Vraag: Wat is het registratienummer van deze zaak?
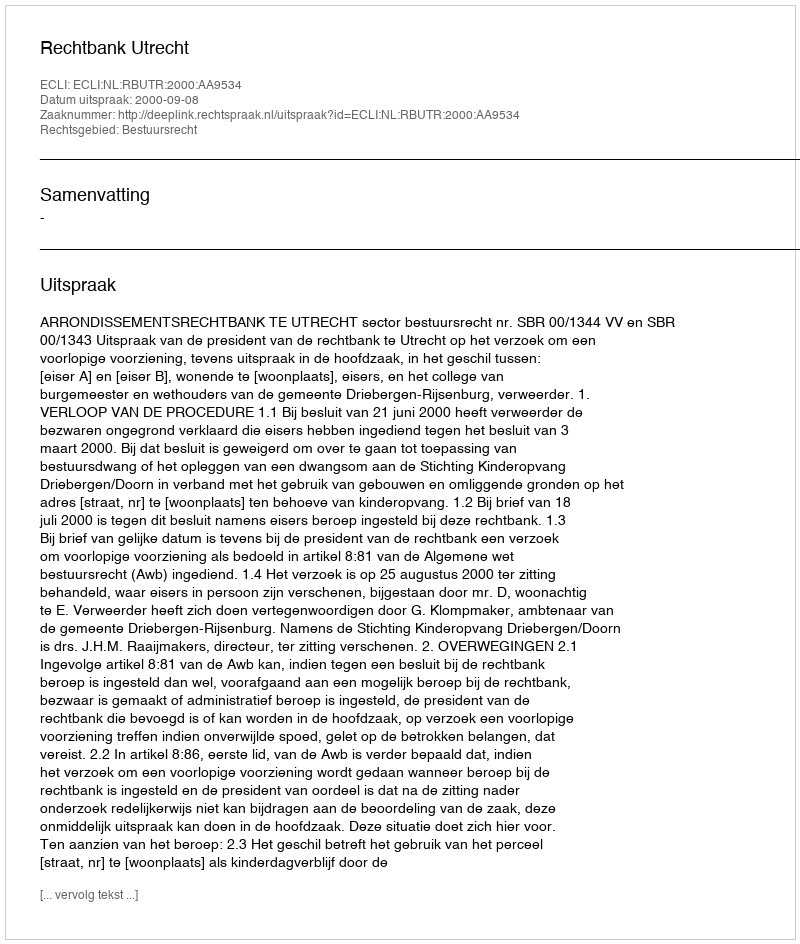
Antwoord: http://deeplink.rechtspraak.nl/uitspraak?id=ECLI:NL:RBUTR:2000:AA9534